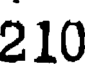
210